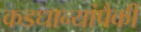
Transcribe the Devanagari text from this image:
कडधान्यांपैकी